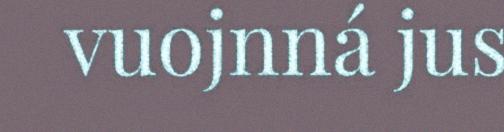
vuojnná jus